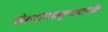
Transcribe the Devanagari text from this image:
प्रवेशद्वारापासूनगावापर्यंत